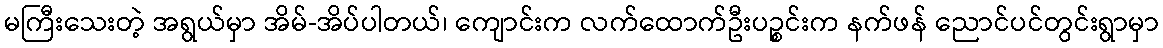
မကြီးသေးတဲ့ အရွယ်မှာ အိမ်-အိပ်ပါတယ်၊ ကျောင်းက လက်ထောက်ဦးပဉ္စင်းက နက်ဖန် ညောင်ပင်တွင်းရွာမှာ